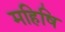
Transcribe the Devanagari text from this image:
महिषि